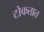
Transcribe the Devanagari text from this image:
टोकतात